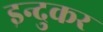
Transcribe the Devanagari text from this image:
इन्दुकर